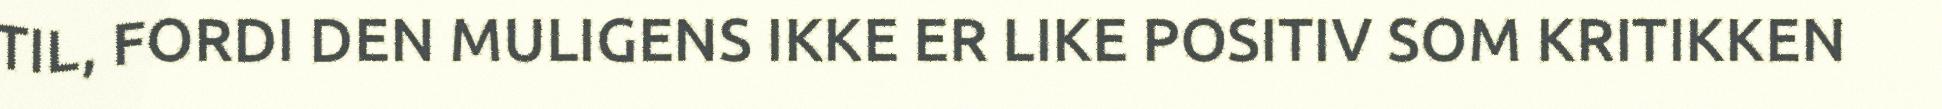
TIL, FORDI DEN MULIGENS IKKE ER LIKE POSITIV SOM KRITIKKEN